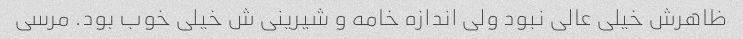
ظاهرش خیلی عالی نبود ولی اندازه خامه و شیرینی ش خیلی خوب بود. مرسی